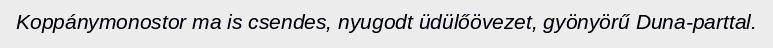
Koppánymonostor ma is csendes, nyugodt üdülőövezet, gyönyörű Duna-parttal.